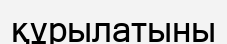
құрылатыны